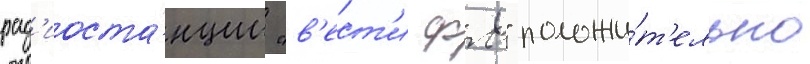
рад'иоста́нции "в'ест'и фм" положи́т'ельно